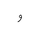
Letter: _waw